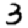
Digit: 3